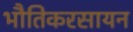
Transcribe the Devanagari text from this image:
भौतिकरसायन